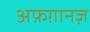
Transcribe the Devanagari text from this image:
अफ़ग़ानज़